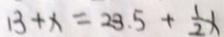
1 3 + x = 2 3 . 5 + \frac { 1 } { 2 } x